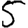
Digit: 5